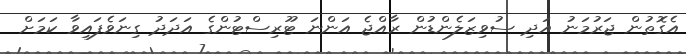
އެގޮތުން ޖަރުމަނު އަދި ސުވިޒަލެންޑުން ރާއްޖެ އަންނަ ޓޫރިސްޓުންގެ އަދަދު ގިނަވެފައިވާ ކަމަށް